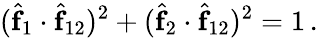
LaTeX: (\hat{\mathbf f}_{1}\cdot\hat{\mathbf f}_{12})^{2}+(\hat{\mathbf f}_{2}\cdot\hat{\mathbf f}_{12})^{2}=1\, .